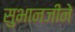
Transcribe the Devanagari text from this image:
सुभानजीने